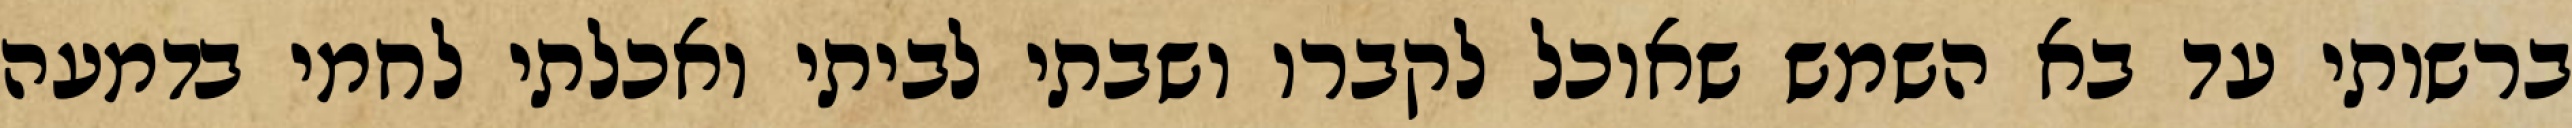
ברשותי עד בא השמש שאוכל לקברו ושבתי לביתי ואכלתי לחמי בדמעה